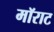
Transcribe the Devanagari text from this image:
मॉराट